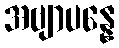
အဗျာပန္နေ